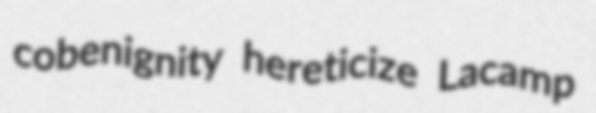
cobenignity hereticize Lacamp